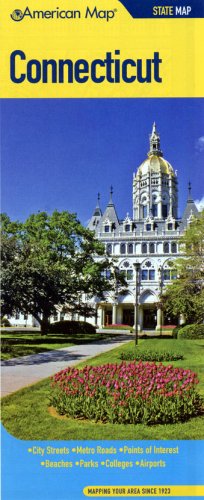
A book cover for Connecticut State Map (American Map); Travel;